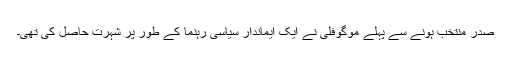
صدر منتخب ہونے سے پہلے موگوفلی نے ایک ایماندار سیاسی رہنما کے طور پر شہرت حاصل کی تھی۔